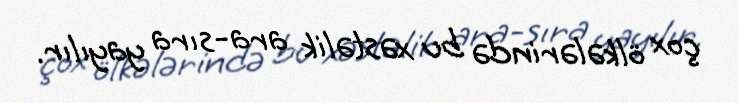
çox ölkələrində bu xəstəlik ara-sıra yayılır.